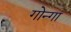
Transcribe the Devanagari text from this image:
गोन्गा